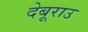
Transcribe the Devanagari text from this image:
देबूराउ